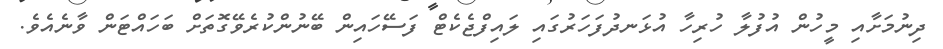
ދިނުމަށާއި މީހުން އުފުލާ ހުރިހާ އުޅަނދުފަހަރުގައި ލައިފްޖެކެޓް ފަސޭހައިން ބޭނުންކުރެވޭގޮތަށް ބަހައްޓަން ވާނެއެވެ.